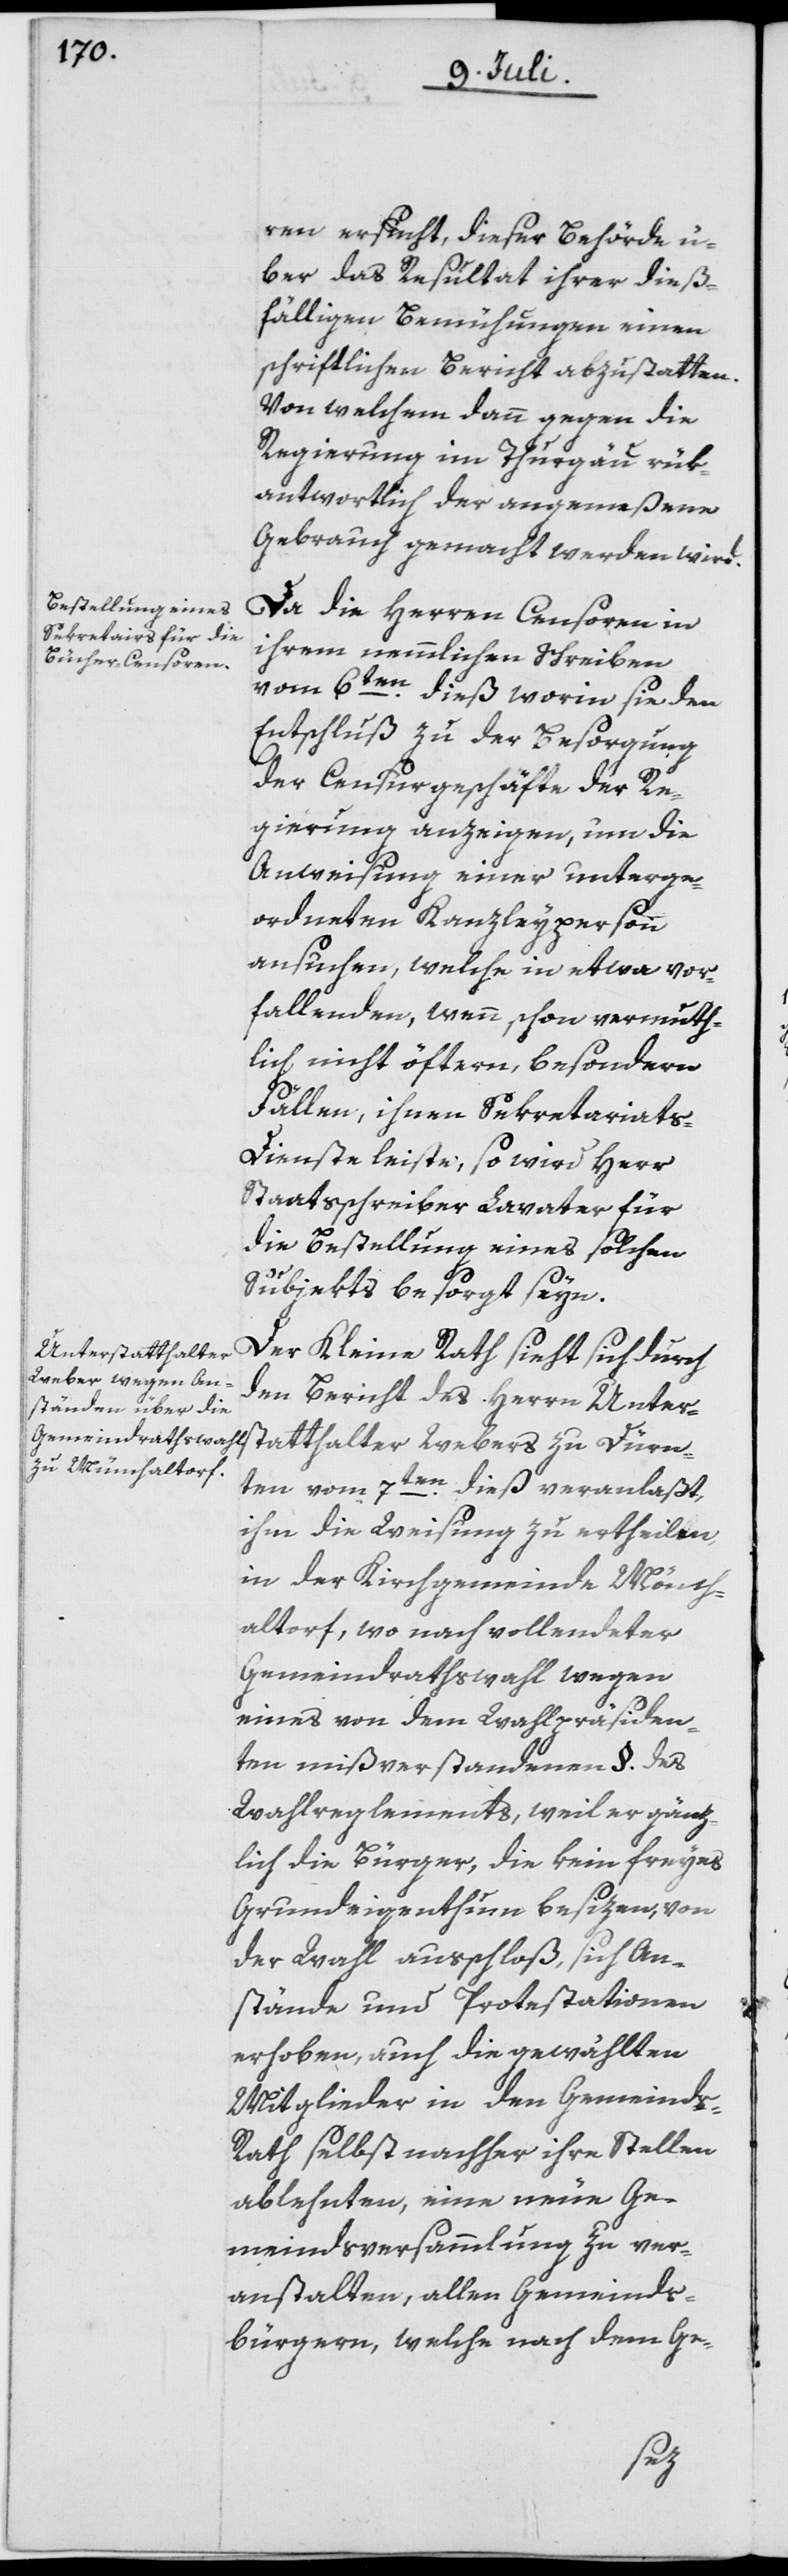
ren ersucht, dieser Behörde ü¬
ber das Resultat ihrer dieß¬
fälligen Bemühungen einen
schriftlichen Bericht abzustatten.
Von welchem dann gegen die
Regierung im Thurgäu rük¬
antwortlich der angemeßene
Gebrauch gemacht werden wird.
Da die Herren Censoren in
ihrem nemmlichen Schreiben
vom 6ten dieß worin sie den
Entschluß zu der Besorgung
der Censurgeschäfte der Re¬
gierung anzeigen, um die
Anweisung einer unterge¬
ordneten Kanzleyperson
ansuchen, welche in etwa vor¬
fallenden, wenn schon vermuth¬
lich nicht öftern, besondern
Fällen, ihnen Sekretariats-D¬
ienste leiste, so wird Herr
Staatsschreiber Lavater für
die Bestellung eines solchen
Subjekts besorgt seyn.
Der Kleine Rath sieht sich durch
den Bericht des Herrn Unter¬
ten vom 7ten dieß veranlaßt,
ihm die Weisung zu ertheilen,
in der Kirchgemeinde Möncha¬
[sic!], wo nach vollendeter
Gemeindrathswahl wegen
eines von dem Wahlpräsiden¬
ten mißverstandenen §. des
Wahlreglements, weil er gänz¬
lich die Bürger, die kein freyes
Grundeigenthum besizen, von
der Wahl ausschloß, sich An¬
stände und Protestationen
erhoben, auch die gewählten
Mitglieder in den Gemeind¬
s-Rath selbst nachher ihre Stellen
ablehnten, eine neue Ge¬
meindsversammlung zu ver¬
anstalten, allen Gemeinds¬
bürgern, welche nach dem Ge¬
de-